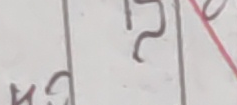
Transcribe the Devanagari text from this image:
२